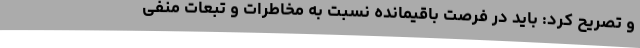
و تصریح کرد: باید در فرصت باقیمانده نسبت به مخاطرات و تبعات منفی